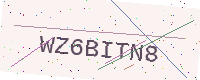
Text: WZ6BITN8